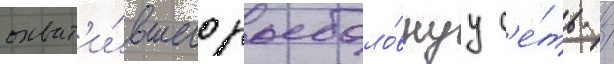
охват'и́вшего рыболо́внуу с'е́ть /